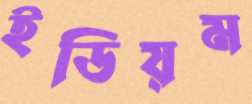
ইডিয়ম